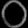
Digit: ၀